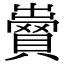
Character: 𧷵